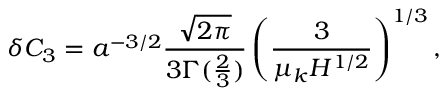
\delta C _ { 3 } = a ^ { - 3 / 2 } \frac { \sqrt { 2 \pi } } { 3 \Gamma ( \frac { 2 } { 3 } ) } \left( \frac { 3 } { \mu _ { k } H ^ { 1 / 2 } } \right) ^ { 1 / 3 } ,